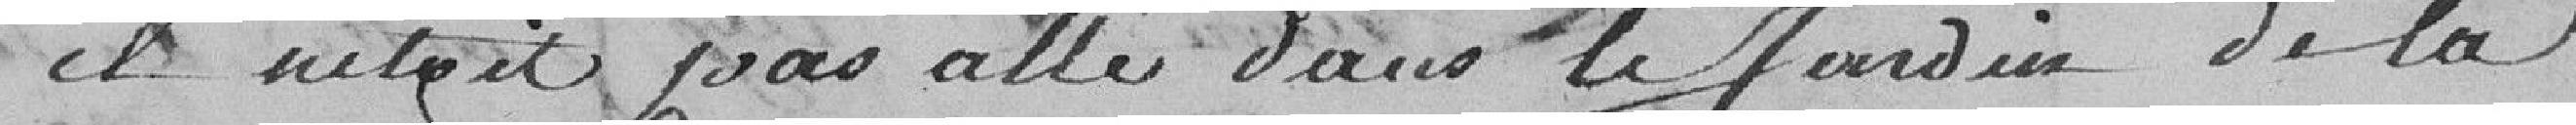
il n'était pas allé dans le Jardin de la